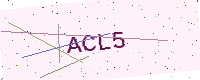
Text: ACL5